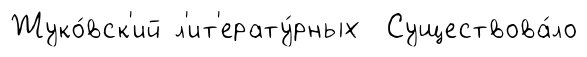
Жуко́вск'ий л'ит'ерату́рных Существова́ло